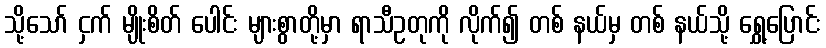
သို့သော် ငှက် မျိုးစိတ် ပေါင်း များစွာတို့မှာ ရာသီဥတုကို လိုက်၍ တစ် နယ်မှ တစ် နယ်သို့ ရွှေ့ပြောင်း